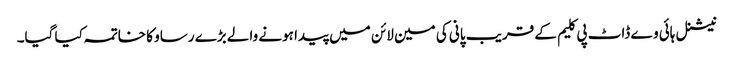
نیشنل ہائی وے ڈاٹ پی کلیم کے قریب پانی کی مین لائن میں پیدا ہونے والے بڑے رساو کا خاتمہ کیا گیا۔